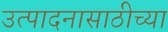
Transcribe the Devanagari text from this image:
उत्पादनासाठीच्या